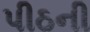
પીઠની